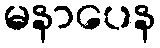
မနာပေန